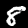
Digit: 8